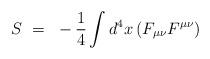
LaTeX: \begin{align*}S~=~-{1 \over 4}\int d^4x \left ( F_{\mu \nu}F^{\mu \nu} \right )\end{align*}